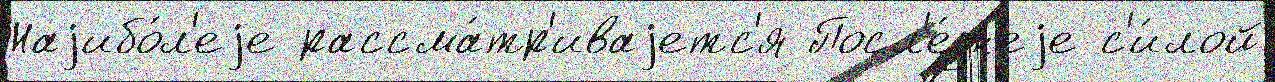
Наjибо́л'еjе рассма́тр'иваjетс'я Посл'е́дн'еjе с'и́лой